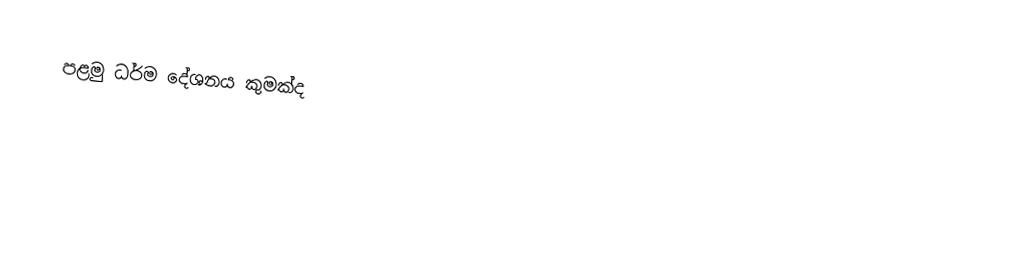
පළමු ධර්ම දේශනය කුමක්ද